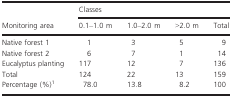
<table><thead><tr><td></td><td colspan="4"><b>Classes</b></td></tr><tr><td><b>Monitoring area</b></td><td><b>0.1–1.0 m</b></td><td><b>1.0–2.0 m</b></td><td><b>&gt;2.0 m</b></td><td><b>Total</b></td></tr></thead><tbody><tr><td>Native forest 1</td><td>1</td><td>3</td><td>5</td><td>9</td></tr><tr><td>Native forest 2</td><td>6</td><td>7</td><td>1</td><td>14</td></tr><tr><td>Eucalyptus planting</td><td>117</td><td>12</td><td>7</td><td>136</td></tr><tr><td>Total</td><td>124</td><td>22</td><td>13</td><td>159</td></tr><tr><td>Percentage (%)1</td><td>78.0</td><td>13.8</td><td>8.2</td><td>100</td></tr></tbody></table>